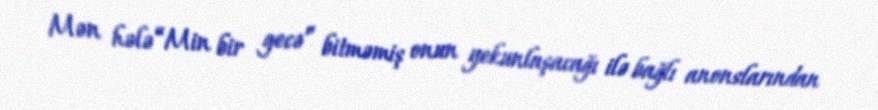
Mən hələ “Min bir gecə” bitməmiş onun yekunlaşacağı ilə bağlı anonslarından